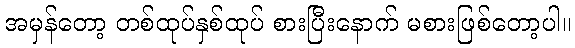
အမှန်တော့ တစ်ထုပ်နှစ်ထုပ် စားပြီးနောက် မစားဖြစ်တော့ပါ။